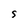
Character: S